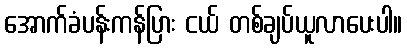
အောက်ခံပန်းကန်ပြား ငယ် တစ်ချပ်ယူလာပေးပါ။